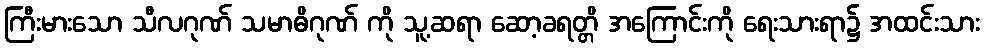
ကြီးမားသော သီလဂုဏ် သမာဓိဂုဏ် ကို သူ့ဆရာ ဆော့ခရတ္တိ အကြောင်းကို ရေးသားရာ၌ အထင်းသား